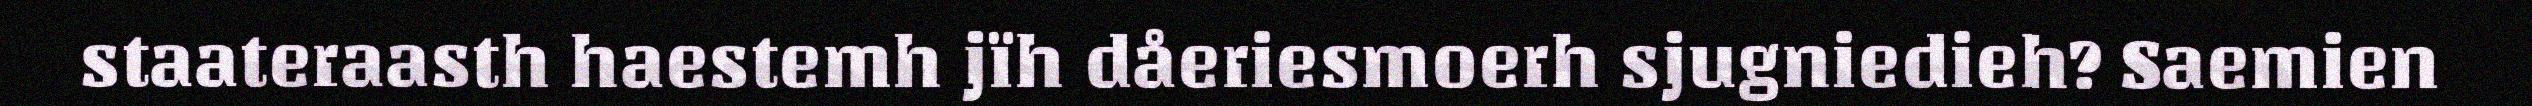
staateraasth haestemh jïh dåeriesmoerh sjugniedieh? Saemien